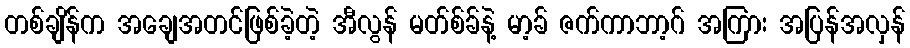
တစ်ချိန်က အချေအတင်ဖြစ်ခဲ့တဲ့ အီလွန် မတ်စ်ခ်နဲ့ မာ့ခ် ဇက်ကာဘာ့ဂ် အကြား အပြန်အလှန်